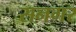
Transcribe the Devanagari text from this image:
सनगर